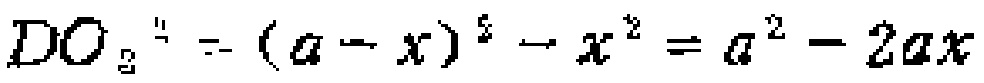
$DO_{2}^{2}=(a - x)^{2}-x^{2}=a^{2}-2ax$